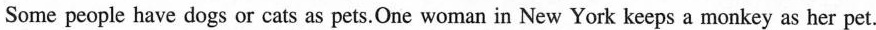
Some people have dogs or cats as pets.One woman in New York keeps a monkey as her pet.